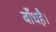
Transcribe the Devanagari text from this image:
बाँधहै।